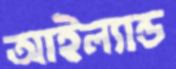
আইল্যান্ড